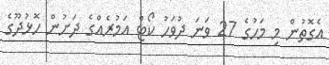
އެގޮތުން މި މަހުގެ 27 ވަނަ ދުވަހު ކޯޓް އަމުރެއްގެ ދަށުން ހޮޅުދޫގެ